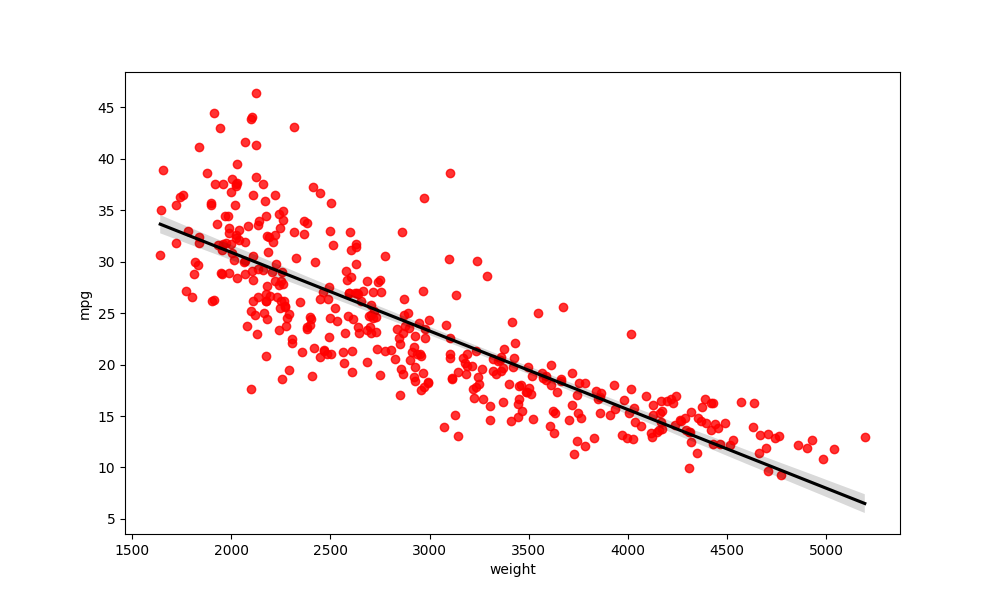
python, seaborn, regplot, order=1, ci=95, scatter_color=red, line_color=black